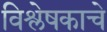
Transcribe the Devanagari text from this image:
विश्लेषकाचे